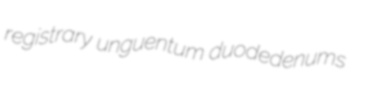
registrary unguentum duodedenums